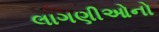
લાગણીઓનો